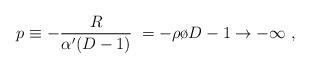
LaTeX: \begin{align*} p \equiv -{R\over{\alpha' (D-1)}}\; = - { {\rho}\o {D-1}}\to -\infty \; ,\end{align*}